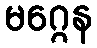
မဂ္ဂေန